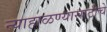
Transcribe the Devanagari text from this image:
न्याहाळण्यासाठीचे